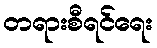
တရားစီရင်ရေး